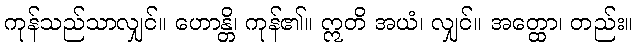
ကုန်သည်သာလျှင်။ ဟောန္တိ၊ ကုန်၏။ ဣတိ အယံ၊ လျှင်။ အတ္ထော၊ တည်း။